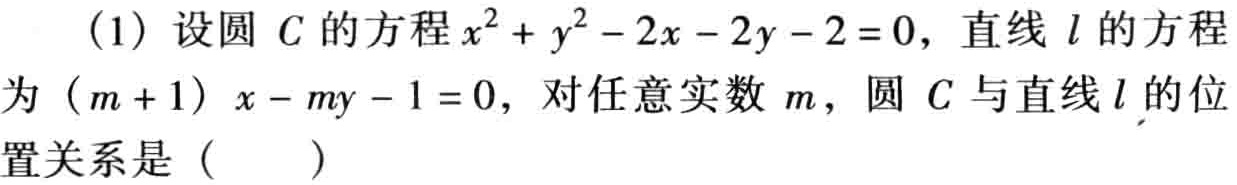
(1) 设圆 \(C\) 的方程 \(x^{2}+y^{2}-2x - 2y - 2 = 0\)，直线 \(l\) 的方程为 \((m + 1)x - my - 1 = 0\)，对任意实数 \(m\)，圆 \(C\) 与直线 \(l\) 的位置关系是（  ）